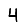
Digit: 4